system: You are a helpful assistant.
user:
Analyze the provided spectrum to determine if it is a **S-type Star**.

- **Key Indicators for S-type Star:**

    - **(Overall Spectrum Shape):** The first and most obvious characteristic is the overall continuum (the "baseline" shape). It is **extremely "red-sloping,"** meaning the flux (light intensity) is very low on the left side (blue, ~4000-4500 Å) and rises steeply and continuously toward the right side (red, ~7000 Å+).

    - **(Primary):** The spectrum is defined by the presence of strong, broad molecular absorption "valleys" (bands) from **Zirconium Oxide (ZrO)**. The identification of these bands is the **primary requirement** for classifying a star as S-type.
        - **(Key Bandheads):** You must find distinct, deep "dips" where the light has been absorbed. The most critical band systems to locate are:
            - **~6474 Å** ($\gamma$-system): This is often the strongest and clearest ZrO feature, found in the red part of the spectrum.
            - **~5718 Å** & **~5551 Å** ($\beta$-system): A pair of prominent absorption features in the yellow-orange part of the spectrum.
            - **~4640 Å** ($\alpha$-system): A key absorption band system in the blue-green region of the spectrum.

    - **(Secondary Confirmation):** The classification is strengthened by finding additional absorption bands from other related heavy element oxides, which are expected to be present alongside ZrO.
        - **(Key Bandheads):**
            - **Yttrium Oxide (YO):** Look for absorption dips near **~4800 Å** and **~6100 Å**.
            - **Lanthanum Oxide (LaO):** Additional absorption features, particularly in the red-orange part of the spectrum, are also characteristic.

    - **(Line Profile):** The combination of the steep red continuum and these numerous, deep molecular bands (ZrO, YO, etc.) gives the entire spectrum a very **"chopped-up"** or **"bumpy"** appearance. Instead of a smooth curve, the spectrum looks as though large, wide chunks of light have been "carved out" of it at the specific wavelengths listed above.

Think first, call **spectral_visualization_tool** if needed to examine features in detail, then provide your final answer. Your response must adhere to the following strict rules:
1.  **Overall Structure:** Your response must follow the format `<think>...</think> <tool_call>...</tool_call> (if a tool is used) <answer>...</answer>`.
2.  **Tool Usage Constraint:** You may only make **one** tool call per turn.
3.  **Final Answer Format:** In the `<answer>` tag, your conclusion must be inside a `\boxed{}` command (e.g., `\boxed{YES}` or `\boxed{NO}`), followed by your justification.

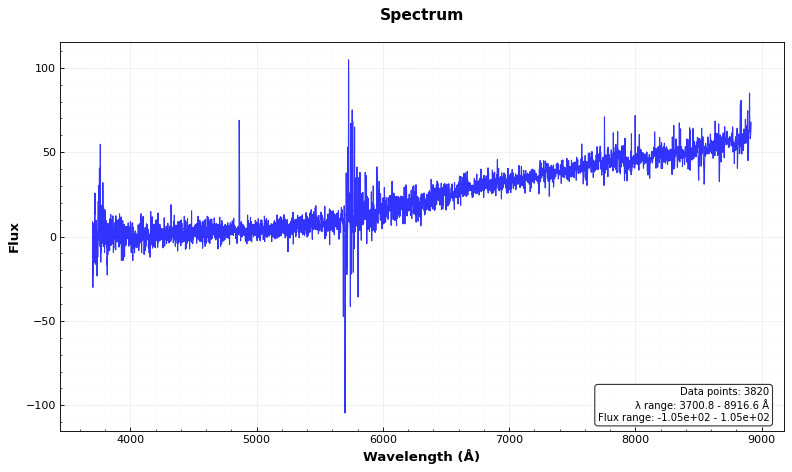
Answer: NO